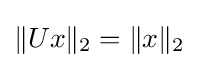
\|Ux\|_{2}=\|x\|_{2}